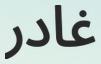
غادر